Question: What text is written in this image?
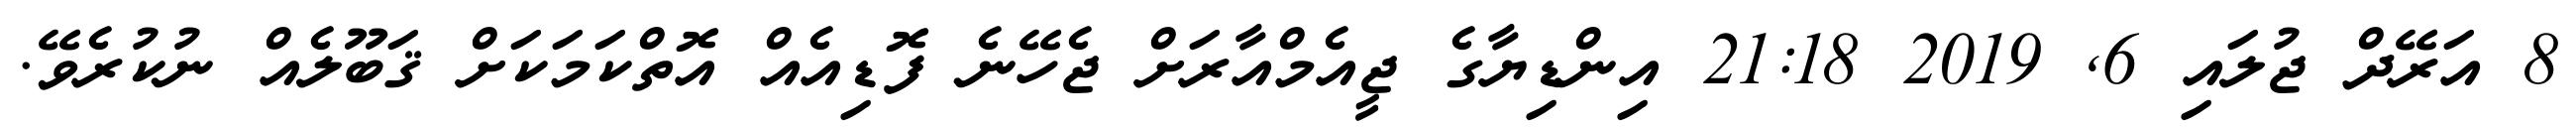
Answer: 8 އަރޭދް ޖުލައި 6, 2019 21:18 އިންޑިޔާގެ ޖީއެމްއާރަށް ޖެހޭނެ ފޮޑިއެއް އޮތްކަމަކަށް ޤަބޫލެއް ނުކުރެވޭ.